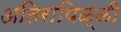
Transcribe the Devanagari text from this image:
अतिरापिळ्ळी